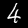
Label: 4